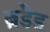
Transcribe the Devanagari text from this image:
ब्रंडेड